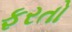
ફરતો